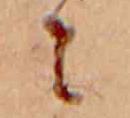
に